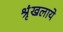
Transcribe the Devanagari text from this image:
श्रृंखलाये